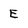
Character: E